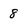
Character: 8